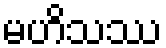
မဟိသဿ